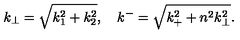
k _ { \bot } = \sqrt { k _ { 1 } ^ { 2 } + k _ { 2 } ^ { 2 } } , \quad k ^ { - } = \sqrt { k _ { + } ^ { 2 } + n ^ { 2 } k _ { \bot } ^ { 2 } } .